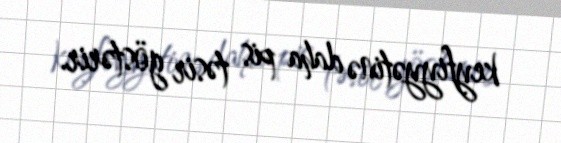
keyfiyyətinə daha pis təsir göstərir.